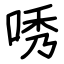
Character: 唀